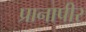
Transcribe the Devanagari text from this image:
प्रानापीर